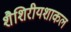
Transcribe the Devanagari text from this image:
शैशिरीयशाकल